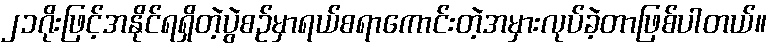
၂၁ဂိုးဖြင့်အနိုင်ရရှိတဲ့ပွဲစဉ်မှာရယ်စရာကောင်းတဲ့အမှားလုပ်ခဲ့တာဖြစ်ပါတယ်။